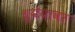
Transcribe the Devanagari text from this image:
ध्येयावर